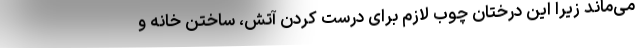
می‌ماند زیرا این درختان چوب لازم برای درست کردن آتش، ساختن خانه و